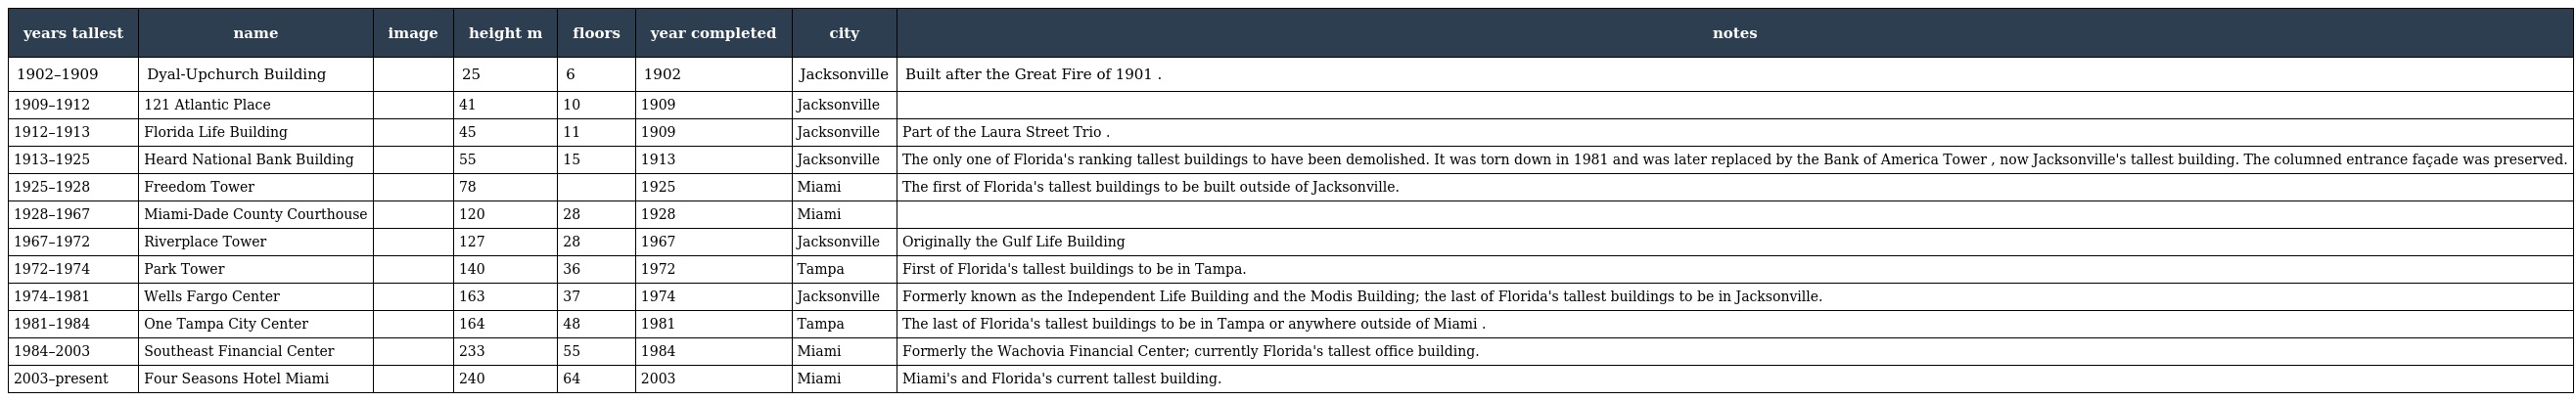
| years tallest | name | image | height m | floors | year completed | city | notes |
 | --- | --- | --- | --- | --- | --- | --- | --- |
 | 1902–1909 | Dyal-Upchurch Building |  | 25 | 6 | 1902 | Jacksonville | Built after the Great Fire of 1901 . |
 | 1909–1912 | 121 Atlantic Place |  | 41 | 10 | 1909 | Jacksonville |  |
 | 1912–1913 | Florida Life Building |  | 45 | 11 | 1909 | Jacksonville | Part of the Laura Street Trio . |
 | 1913–1925 | Heard National Bank Building |  | 55 | 15 | 1913 | Jacksonville | The only one of Florida's ranking tallest buildings to have been demolished. It was torn down in 1981 and was later replaced by the Bank of America Tower , now Jacksonville's tallest building. The columned entrance façade was preserved. |
 | 1925–1928 | Freedom Tower |  | 78 |  | 1925 | Miami | The first of Florida's tallest buildings to be built outside of Jacksonville. |
 | 1928–1967 | Miami-Dade County Courthouse |  | 120 | 28 | 1928 | Miami |  |
 | 1967–1972 | Riverplace Tower |  | 127 | 28 | 1967 | Jacksonville | Originally the Gulf Life Building |
 | 1972–1974 | Park Tower |  | 140 | 36 | 1972 | Tampa | First of Florida's tallest buildings to be in Tampa. |
 | 1974–1981 | Wells Fargo Center |  | 163 | 37 | 1974 | Jacksonville | Formerly known as the Independent Life Building and the Modis Building; the last of Florida's tallest buildings to be in Jacksonville. |
 | 1981–1984 | One Tampa City Center |  | 164 | 48 | 1981 | Tampa | The last of Florida's tallest buildings to be in Tampa or anywhere outside of Miami . |
 | 1984–2003 | Southeast Financial Center |  | 233 | 55 | 1984 | Miami | Formerly the Wachovia Financial Center; currently Florida's tallest office building. |
 | 2003–present | Four Seasons Hotel Miami |  | 240 | 64 | 2003 | Miami | Miami's and Florida's current tallest building. |